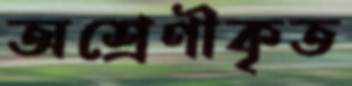
অশ্রেণীকৃত